Report of the Indian Hemp Drugs Commission, 1894-1895 - Volume IV
Year: 1894
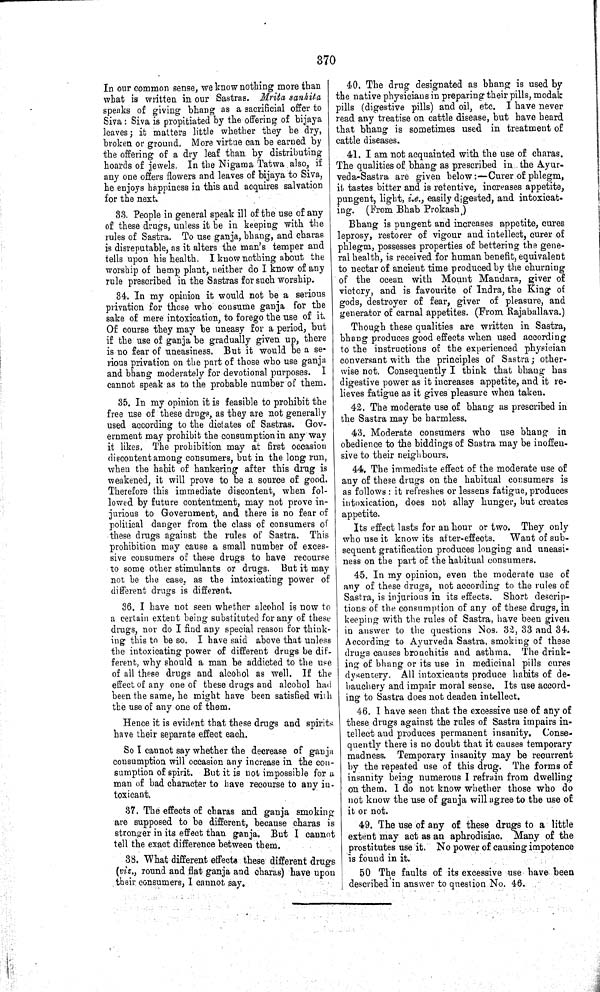
370
In our common sense, we know nothing more than
what is written in our Sastras. Mrita sanhita
speaks of giving bhang as a sacrificial offer to
Siva: Siva is propitiated by the offering of bijaya
leaves; it matters little whether they be dry,
broken or ground. More virtue can be earned by
the offering of a dry leaf than by distributing
hoards of jewels. In the Nigama Tatwa also, if
any one offers flowers and leaves of bijaya to Siva,
he enjoys happiness in this and acquires salvation
for the next.
33. People in general speak ill of the use of any
of these drugs, unless it be in keeping with the
rules of Sastra. To use ganja, bhang, and charas
is disreputable, as it alters the man's temper and
tells upon his health. I know nothing about the
worship of hemp plant, neither do I know of any
rule prescribed in the Sastras for such worship.
34. In my opinion it would not be a serious
privation for those who consume ganja for the
sake of mere intoxication, to forego the use of it.
Of course they may be uneasy for a period, but
if the use of ganja be gradually given up, there
is no fear of uneasiness. But it would be a se-
rious privation on the part of those who use ganja
and bhang moderately for devotional purposes. I
cannot speak as to the probable number of them.
35. In my opinion it is feasible to prohibit the
free use of these drugs, as they are not generally
used according to the dictates of Sastras. Gov-
ernment may prohibit the consumption in any way
it likes. The prohibition may at first occasion
discontent among consumers, but in the long run,
when the habit of hankering after this drug is
weakened, it will prove to be a source of good.
Therefore this immediate discontent, when fol-
lowed by future contentment, may not prove in-
jurious to Government, and there is no fear of
political danger from the class of consumers of
these drugs against the rules of Sastra. This
prohibition may cause a small number of exces-
sive consumers of these drugs to have recourse
to some other stimulants or drugs. But it may
not be the case, as the intoxicating power of
different drugs is different.
36. I have not seen whether alcohol is now to
a certain extent being substituted for any of these
drugs, nor do I find any special reason for think-
ing this to be so. I have said above that unless
the intoxicating power of different drugs be dif-
ferent, why should a man be addicted to the use
of all these drugs and alcohol as well. If the
effect of any one of these drugs and alcohol had
been the same, he might have been satisfied with
the use of any one of them.
Hence it is evident that these drugs and spirits
have their separate effect each.
So I cannot say whether the decrease of ganja
consumption will occasion any increase in the con-
sumption of spirit. But it is not impossible for a
man of bad character to have recourse to any in-
toxicant.
37. The effects of charas and ganja smoking
are supposed to be different, because charas is
stronger in its effect than ganja. But I cannot
tell the exact difference between them.
38. What different effects these different drugs
(viz., round and flat ganja and charas) have upon
their consumers, I cannot say.
40. The drug designated as bhang is used by
the native physicians in preparing their pills, modak
pills (digestive pills) and oil, etc. I have never
read any treatise on cattle disease, but have heard
that bhang is sometimes used in treatment of
cattle diseases.
41. I am not acquainted with the use of charas.
The qualities of bhang as prescribed in the Ayur-
veda-Sastra are given below:—Curer of phlegm,
it tastes bitter and is retentive, increases appetite,
pungent, light, i.e., easily digested, and intoxicat-
ing. (From Bhab Prokash)
Bhang is pungent and increases appetite, cures
leprosy, restorer of vigour and intellect, curer of
phlegm, possesses properties of bettering the gene-
ral health, is received for human benefit, equivalent
to nectar of ancient time produced by the churning
of the ocean with Mount Mandara, giver of
victory, and is favourite of Indra, the King of
gods, destroyer of fear, giver of pleasure, and
generator of carnal appetites. (From Rajaballava.)
Though these qualities are written in Sastra,
bhang produces good effects when used according
to the instructions of the experienced physician
conversant with the principles of Sastra; other-
wise not. Consequently I think that bhang has
digestive power as it increases appetite, and it re-
lieves fatigue as it gives pleasure when taken.
42. The moderate use of bhang as prescribed in
the Sastra may be harmless.
43. Moderate consumers who use bhang in
obedience to the biddings of Sastra may be inoffen-
sive to their neighbours.
44. The immediate effect of the moderate use of
any of these drugs on the habitual consumers is
as follows: it refreshes or lessens fatigue, produces
intoxication, does not allay hunger, but creates
appetite.
Its effect lasts for an hour or two. They only
who use it know its after-effects.
Want of sub-
sequent gratification produces longing and uneasi-
ness on the part of the habitual consumers.
45. In my opinion, even the moderate use of
any of these drugs, not according to the rules of
Sastra, is injurious in its effects. Short descrip-
tions of the consumption of any of these drugs, in
keeping with the rules of Sastra, have been given
in answer to the questions Nos. 32, 33 and 34.
According to Ayurveda Sastra, smoking of these
drugs causes bronchitis and asthma. The drink-
ing of bhang or its use in medicinal pills cures
dysentery. All intoxicants produce habits of de-
bauchery and impair moral sense. Its use accord-
ing to Sastra does not deaden intellect.
46. I have seen that the excessive use of any of
these drugs against the rules of Sastra impairs in-
tellect and produces permanent insanity. Conse-
quently there is no doubt that it causes temporary
madness. Temporary insanity may be recurrent
by the repeated use of this drug. The forms of
insanity being numerous I refrain from dwelling
on them. I do not know whether those who do
not know the use of ganja will agree to the use of
it or not.
49. The use of any of these drugs to a little
extent may act as an aphrodisiac. Many of the
prostitutes use it. No power of causing impotence
is found in it.
50 The faults of its excessive use have been
described in answer to question No. 46.